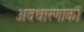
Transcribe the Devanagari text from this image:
अवधारणाकों